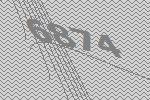
6874